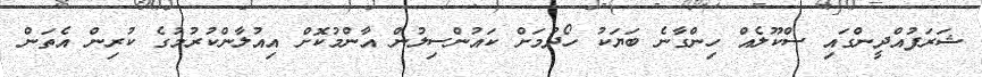
ޝަރަފުއްދީންގައި ސްކޫލެއް ހިންގާނެ ބަޔަކު ހޯދުމަށް ކައުންސިލުން އާންމުކޮށް އިއުލާންކުރުމުގެ ކުރިން އެތަން